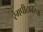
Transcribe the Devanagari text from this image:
रंगपीठावरचा